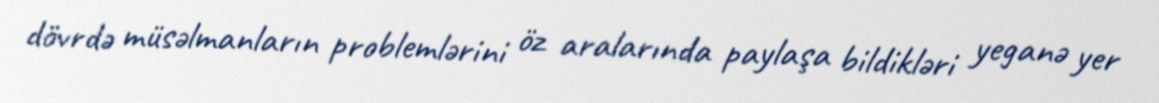
dövrdə müsəlmanların problemlərini öz aralarında paylaşa bildikləri yeganə yer